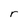
Character: r